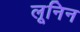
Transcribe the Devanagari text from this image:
लूनिन